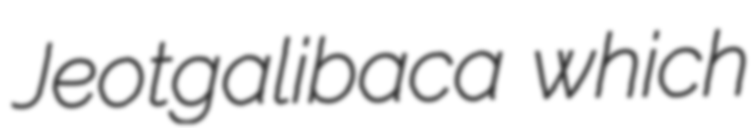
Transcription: Jeotgalibaca which